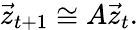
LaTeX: \vec{z}_{t+1}\cong A\vec{z}_{t}.